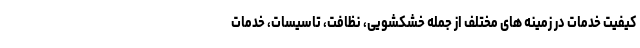
کیفیت خدمات در زمینه های مختلف از جمله خشکشویی، نظافت، تاسیسات، خدمات